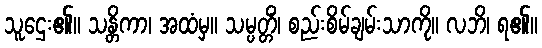
သူဌေး၏။ သန္တိကာ၊ အထံမှ။ သမ္ပတ္တိံ၊ စည်းစိမ်ချမ်းသာကို။ လဘိ၊ ရ၏။